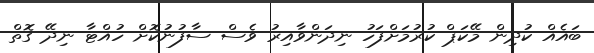
ބައެއް ކުދިން މޭކަޕް ކުރުމަށްފަހު ނިދަންވާއިރު ވެސް ސާފުނުކޮށް ހުއްޓާ ނިދޭ ގޮތް